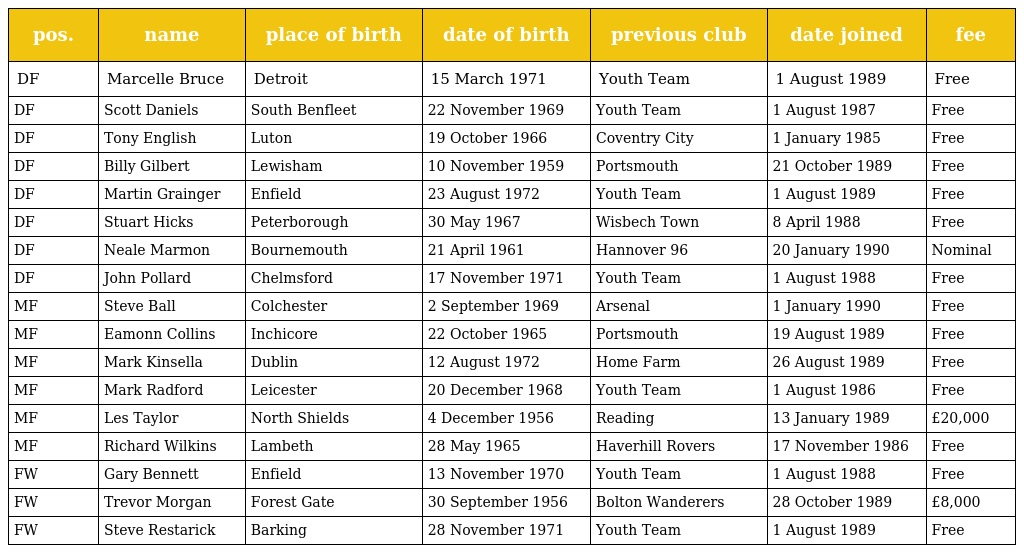
| pos. | name | place of birth | date of birth | previous club | date joined | fee |
 | --- | --- | --- | --- | --- | --- | --- |
 | DF | Marcelle Bruce | Detroit | 15 March 1971 | Youth Team | 1 August 1989 | Free |
 | DF | Scott Daniels | South Benfleet | 22 November 1969 | Youth Team | 1 August 1987 | Free |
 | DF | Tony English | Luton | 19 October 1966 | Coventry City | 1 January 1985 | Free |
 | DF | Billy Gilbert | Lewisham | 10 November 1959 | Portsmouth | 21 October 1989 | Free |
 | DF | Martin Grainger | Enfield | 23 August 1972 | Youth Team | 1 August 1989 | Free |
 | DF | Stuart Hicks | Peterborough | 30 May 1967 | Wisbech Town | 8 April 1988 | Free |
 | DF | Neale Marmon | Bournemouth | 21 April 1961 | Hannover 96 | 20 January 1990 | Nominal |
 | DF | John Pollard | Chelmsford | 17 November 1971 | Youth Team | 1 August 1988 | Free |
 | MF | Steve Ball | Colchester | 2 September 1969 | Arsenal | 1 January 1990 | Free |
 | MF | Eamonn Collins | Inchicore | 22 October 1965 | Portsmouth | 19 August 1989 | Free |
 | MF | Mark Kinsella | Dublin | 12 August 1972 | Home Farm | 26 August 1989 | Free |
 | MF | Mark Radford | Leicester | 20 December 1968 | Youth Team | 1 August 1986 | Free |
 | MF | Les Taylor | North Shields | 4 December 1956 | Reading | 13 January 1989 | £20,000 |
 | MF | Richard Wilkins | Lambeth | 28 May 1965 | Haverhill Rovers | 17 November 1986 | Free |
 | FW | Gary Bennett | Enfield | 13 November 1970 | Youth Team | 1 August 1988 | Free |
 | FW | Trevor Morgan | Forest Gate | 30 September 1956 | Bolton Wanderers | 28 October 1989 | £8,000 |
 | FW | Steve Restarick | Barking | 28 November 1971 | Youth Team | 1 August 1989 | Free |